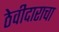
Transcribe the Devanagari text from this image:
ठेवीदाराचा